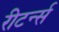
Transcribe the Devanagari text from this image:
रीटर्न्स